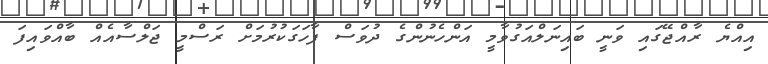
އިއްޔެ ރާއްޖޭގައި ވަނީ ބައިނަލްއަގުވާމީ އަންހެނުންގެ ދުވަސް ފާހަގަކުރުމަށް ރަސްމީ ޖަލްސާއެއް ބާއްވައިފަ